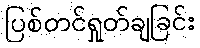
ပြစ်တင်ရှုတ်ချခြင်း